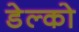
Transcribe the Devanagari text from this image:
डेल्को